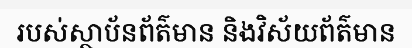
របស់ស្ថាប័នព័ត៌មាន និងវិស័យព័ត៌មាន